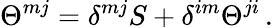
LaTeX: \Theta^{mj}=\delta^{mj}S+\delta^{im}\Theta^{ji}\, .